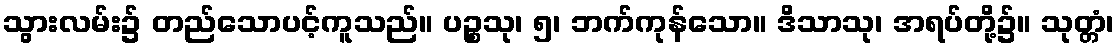
သွားလမ်း၌ တည်သောပင့်ကူသည်။ ပဉ္စသု၊ ၅၊ ဘက်ကုန်သော။ ဒိသာသု၊ အရပ်တို့၌။ သုတ္တံ၊